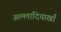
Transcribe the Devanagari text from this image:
अल्लादियाखाँ